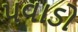
પવાડો